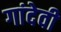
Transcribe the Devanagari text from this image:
गांदेवी